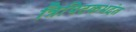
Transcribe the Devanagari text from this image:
त्रिपिटकभदंत